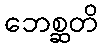
ဘေစ္ဆတိ